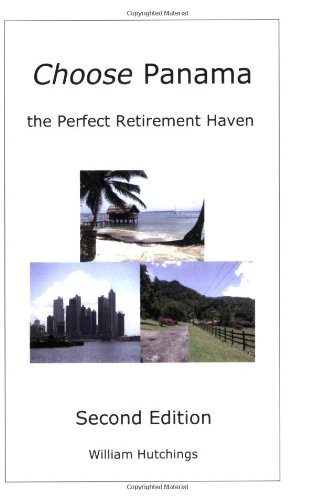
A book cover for Choose Panama . . . the Perfect Retirement Haven  (Second Edition); William G Hutchings; Travel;